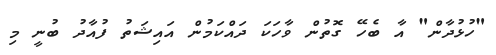
"ހުޅުދާން" އާ ބެހޭ ގޮތުން ވާހަކަ ދައްކަމުން އައިޝަތު ފުއާދު ބުނީ މި